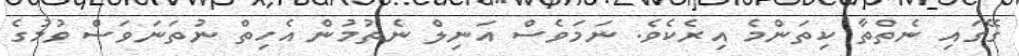
ގޭގައި ނެތްތާ ކިތަންމެ އިރެކެވެ. ނަމަވެސް އަނިލް ނެތުމުން އެހިތް ނުތަނަވަސް ވުމުގެ